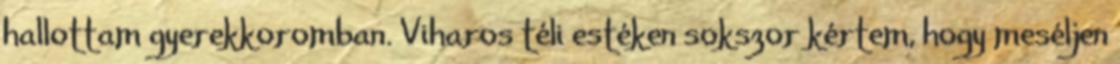
hallottam gyerekkoromban. Viharos téli estéken sokszor kértem, hogy meséljen